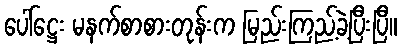
ပေါ်ဋ္ဌေး မနက်စာစားတုန်းက မြည်းကြည့်ခဲ့ပြီးပြီ။